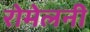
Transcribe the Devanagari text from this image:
रोमेलनी